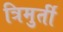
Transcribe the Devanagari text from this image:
त्रिमुर्ती